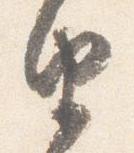
由